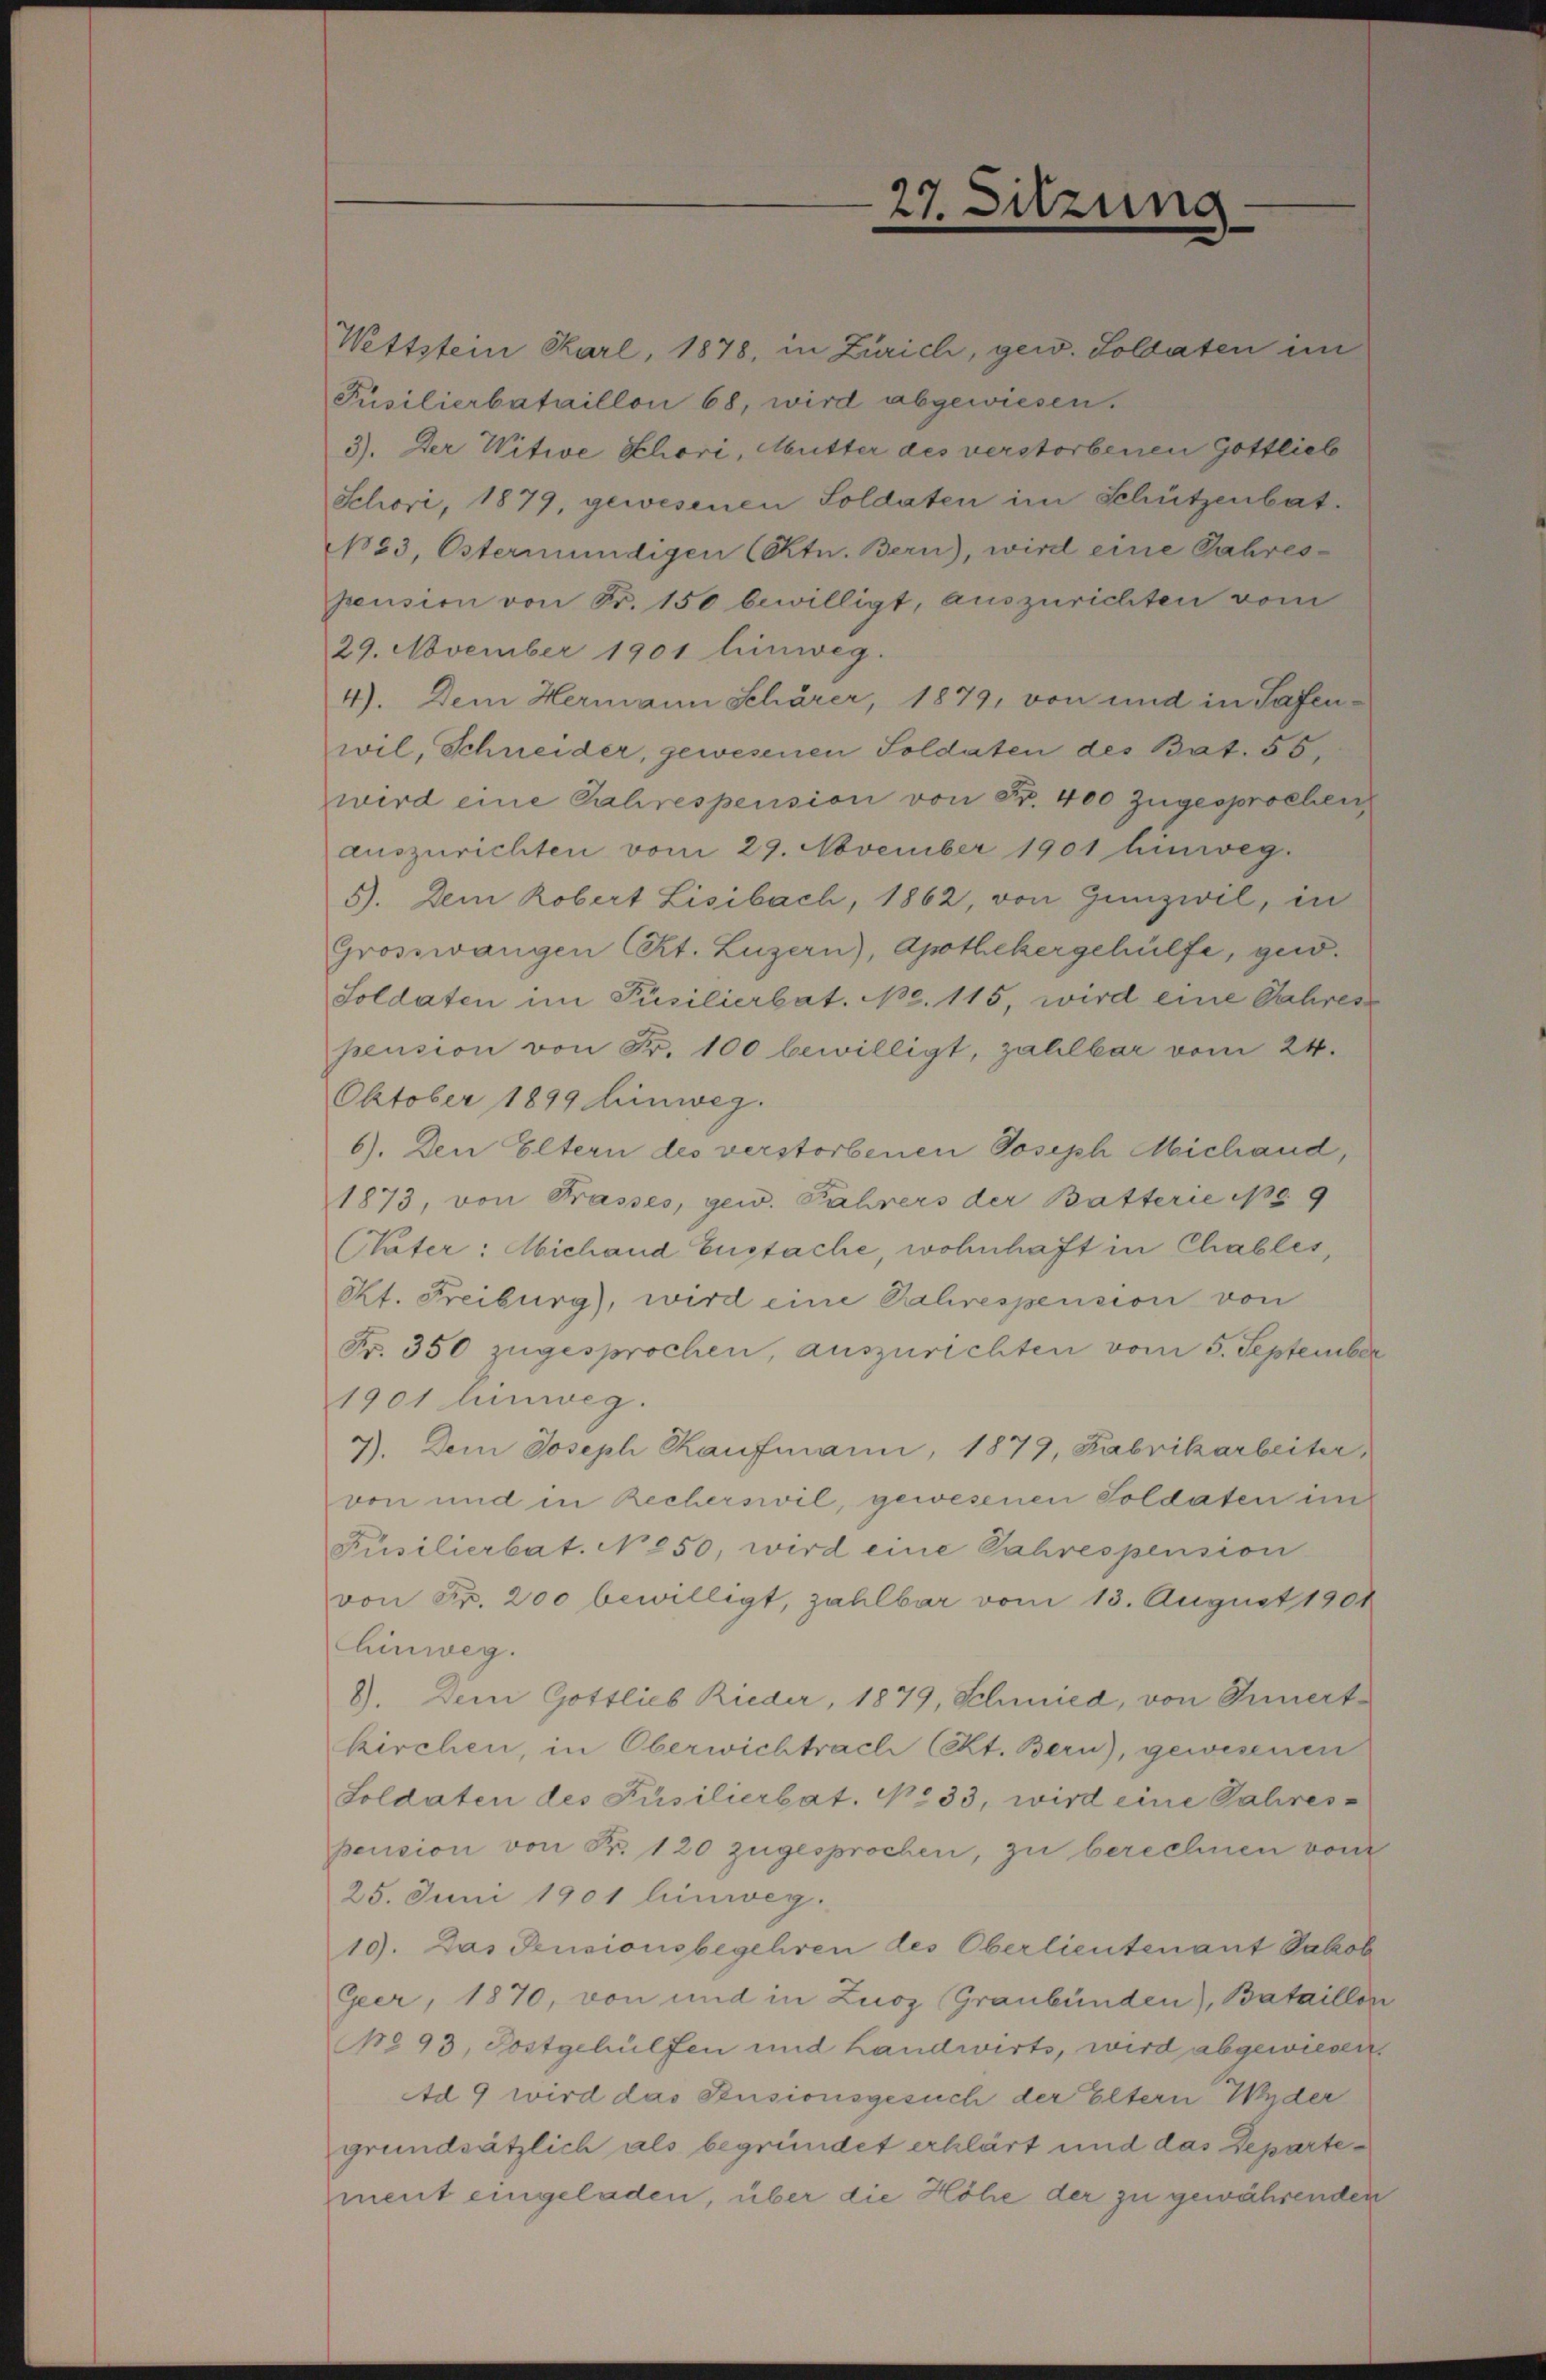
Wettstein Karl, 1878, in Zürich, gew. Soldaten im
Püsilierbataillon 68, wird abgewiesen.
3). Der Witwe Schori, Mutter des verstorbenen Gottlieb
Schori, 1879, gewesenen Soldaten im Schützenbat.
1883, Östermündigen (Ektn. Bern), wird eine Jahrespension von Fr. 150 bewilligt, auszurichten vom
29. November 1901 hinweg.
4). Dem Hermann Schärer, 1879, von und in Tafenwil, Schneider, gewesenen Soldaten des Bat. 56.
wird eine Jahrespension von Fr. 400 zugesprochen
auszurichten vom 29. November 1901 hinweg.
5). Dem Robert Lisibach, 1862, von Hunzivil, in
Grosswangen (Kt. Luzern), Apothekergehülfe, ged
Soldaten im Püsilierbat. No. 115, wird eine Jahres
pension von Fr. 100 bewilligt, zahlbar vom 24.
Oktober 1899 hinweg.
6). Den Eltern des verstorbenen Joseph Michand,
1873, von Prasses, gew. Fahrers der Batterie pr. 9
CVater: Michand Eustache, wohnhaft in Chablis,
Rt. Freiburg), wird eine Jahrespension von
Fr. 350 zugesprochen, auszurichten vom 5. September
1901 hinweg.
7). Dem Joseph Kaufmann, 1879, Fabrikarbeiter
von und in Recherswil, gewesenen Soldaten im
Füsilierbat. N. 850, wird eine Jahrespension
von Fr. 200 bewilligt, zahlbar vom 13. August 1901
Einweg.
8). Dein Gottlieb Rieder, 1879, Schmied, von Innert
kirchen, in Oberwichtrach (Kt. Bern), gewesenen
Soldaten des Füsilierbat. No 33, wird eine Jahres-
pension von Fr. 120 zugesprochen, zu berechnen von
25. Juni 1901 hinweg.
19. Das Pensionsbegehren des Oberlieutenant Jakob
Geer, 1870, von und in Zuoz Graubünden), Bataillon
No 93. Postgehülfen und Landwirts, wird abgewiesen.
Ad 9 wird das Susionsgesuch der Eltern Wyder
grundsätzlich als begründet erklärt und das Departement eingeladen, über die Höhe der zu gewährenden

27. Sitzung